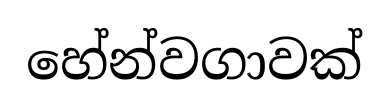
හේන්වගාවක්